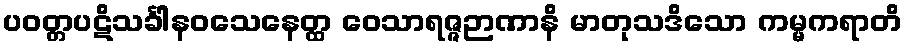
ပဝတ္တပဋိသင်္ခါနဝသေနေတ္ထ ဝေသာရဇ္ဇဉာဏာနိ မာတုသဒိသော ကမ္မကရာတိ